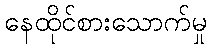
နေထိုင်စားသောက်မှု